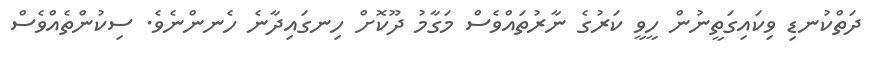
ދަތްކުނޑި ވިކައިގަތީނުން ހީވީ ކަރުގެ ނާރުތައްވެސް މަގާމު ދޫކޮށް ހިނގައިދާނެ ހެނންނެވެ. ސިކުންތެއްވެސް